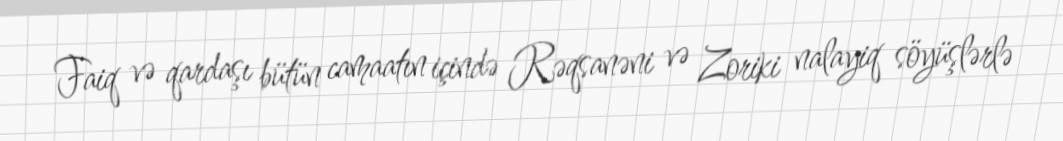
Faiq və qardaşı bütün camaatın içində Rəqsanəni və Zoriki nalayiq söyüşlərlə